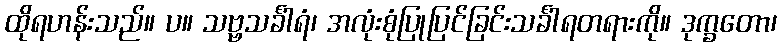
ထိုရဟန်းသည်။ ပ။ သဗ္ဗသင်္ခါရံ၊ အလုံးစုံပြုပြင်ခြင်းသင်္ခါရတရားကို။ ဒုက္ခတော၊